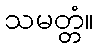
သမတ္တံ။